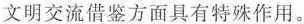
文明交流借鉴方面具有特殊作用。